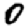
Digit: 0